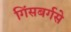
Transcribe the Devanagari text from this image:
गिंसबर्गसे